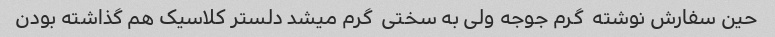
حین سفارش نوشته  گرم جوجه ولی به سختی  گرم میشد دلستر کلاسیک هم گذاشته بودن